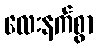
လေးနက်စွာ